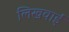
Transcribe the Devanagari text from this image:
लिखवाईं